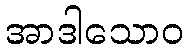
အာဒါသောဝ